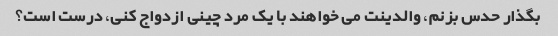
بگذار حدس بزنم، والدینت می خواهند با یک مرد چینی ازدواج کنی، درست است؟